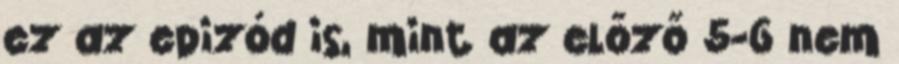
ez az epizód is, mint az előző 5-6 nem